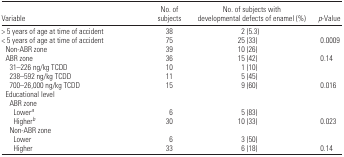
| Variable | No. of subjects | No. of subjects with developmental defects of enamel (%) | p-Value |
 | --- | --- | --- | --- |
 | > 5 years of age at time of accident | 38 | 2 (5.3) |  |
 | < 5 years of age at time of accident | 75 | 25 (33) | 0.0009 |
 | Non-ABR zone | 39 | 10 (26) |  |
 | ABR zone | 36 | 15 (42) | 0.14 |
 | 31–226 ng/kg TCDD | 10 | 1 (10) |  |
 | 238–592 ng/kg TCDD | 11 | 5 (45) |  |
 | 700–26,000 ng/kg TCDD | 15 | 9 (60) | 0.016 |
 | <COLSPAN=4> Educational level |
 | <COLSPAN=4> ABR zone |
 | Lowera | 6 | 5 (83) |  |
 | Higherb | 30 | 10 (33) | 0.023 |
 | <COLSPAN=4> Non-ABR zone |
 | Lower | 6 | 3 (50) |  |
 | Higher | 33 | 6 (18) | 0.14 |